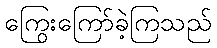
ကြွေးကြော်ခဲ့ကြသည်